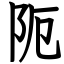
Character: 阨